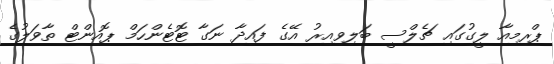
ޕްރިމިއާ ލީގުގައި ޗެލްސީ ބަލިވިއިރު އޭގެ ފައިދާ ނަގާ ޓޮޓެންހަމް ޕޮއިންޓް ތާވަލުގެ